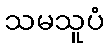
သမသူပံ